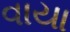
વાયા